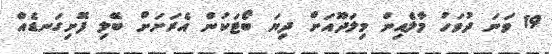
19 ވަނަ ދުވަހު މާލެއިން މިލަދޫއަށް ދިޔަ ބޯޓަކުން އެރަށަށް ބޭލި ފޮށިގަނޑެއް